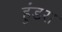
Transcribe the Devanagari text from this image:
हुंडरा